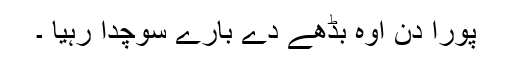
پورا دن اوہ بڈھے دے بارے سوچدا رہیا ۔